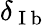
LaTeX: \delta_{\mathrm{~I~b~}}